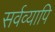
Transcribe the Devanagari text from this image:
सर्वव्यापि